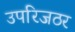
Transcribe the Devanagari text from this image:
उपरिजठर